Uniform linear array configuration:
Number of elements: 48
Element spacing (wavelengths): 0.75
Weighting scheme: exponential
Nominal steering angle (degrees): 15
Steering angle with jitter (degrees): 16.928
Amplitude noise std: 0.05
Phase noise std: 0.05

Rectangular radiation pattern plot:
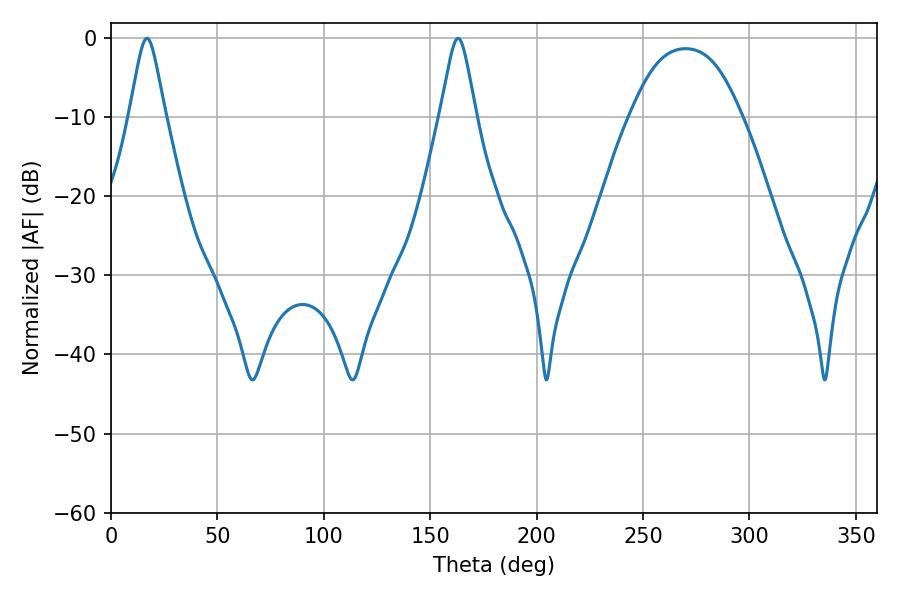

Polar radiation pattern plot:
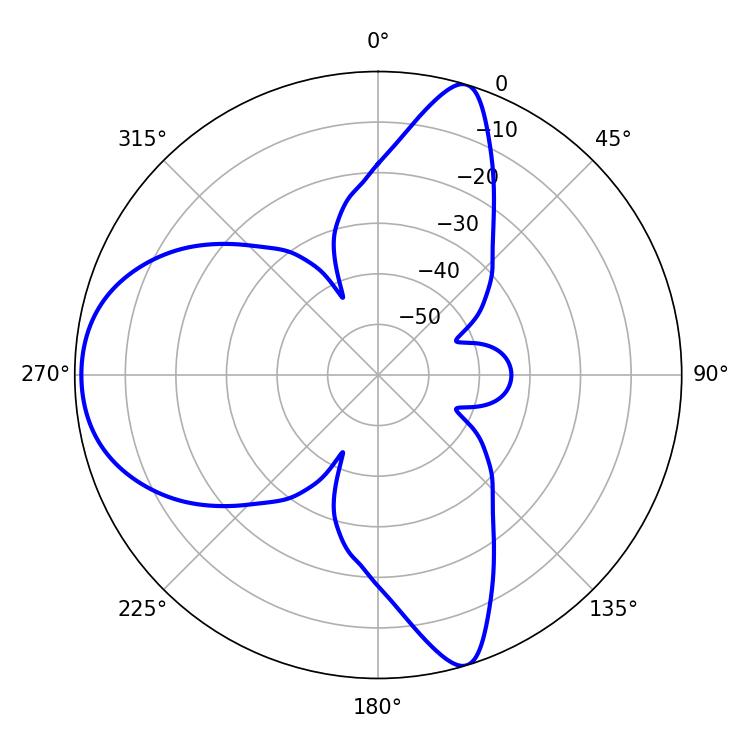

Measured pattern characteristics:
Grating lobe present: TRUE
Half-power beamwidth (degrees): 7.92
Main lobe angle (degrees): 16.92